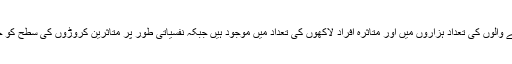
اس سے مرنے والوں کی تعداد ہزاروں میں اور متاثرہ افراد لاکھوں کی تعداد میں موجود ہیں جبکہ نفسیاتی طور پر متاثرین کروڑوں کی سطح کو چھو رہے ہیں۔